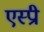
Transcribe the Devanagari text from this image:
एस्प्री